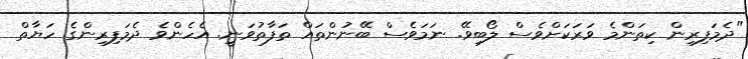
"ދެމަފިރިން ކިތަންމެ ވަރަކަށްވެސް ލޯބިވޭ. ނަމަވެސް ބޭނުންތައް ތަފާތުވަނީ. އެހެންވެ ދެމަފިރިންގެ ހަޔާތް